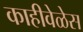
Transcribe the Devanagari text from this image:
काहीवेळेस